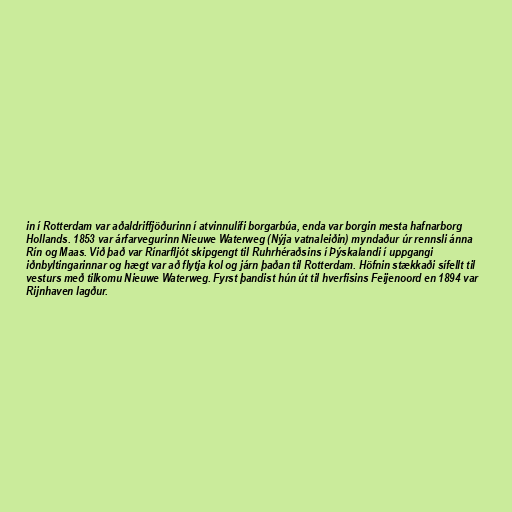
in í Rotterdam var aðaldriffjöðurinn í atvinnulífi borgarbúa, enda var borgin mesta hafnarborg
Hollands. 1853 var árfarvegurinn Nieuwe Waterweg (Nýja vatnaleiðin) myndaður úr rennsli ánna
Rín og Maas. Við það var Rínarfljót skipgengt til Ruhrhéraðsins í Þýskalandi í uppgangi
iðnbyltingarinnar og hægt var að flytja kol og járn þaðan til Rotterdam. Höfnin stækkaði sífellt til
vesturs með tilkomu Nieuwe Waterweg. Fyrst þandist hún út til hverfisins Feijenoord en 1894 var
Rijnhaven lagður.